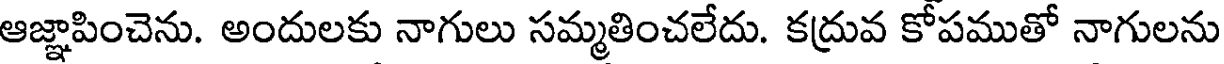
ఆజ్ఞాపించెను. అందులకు నాగులు సమ్మతించలేదు. కద్రువ కోపముతో నాగులను